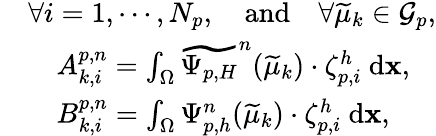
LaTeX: \begin{array}{rl}&{\forall i=1,\cdots,N_{p},\quad\textrm{and}\quad\forall\widetilde{\mu}_{k}\in\mathcal{G}_{p},}\\ &{\quad A_{k,i}^{p,n}=\int_{\Omega}\widetilde{\Psi_{p,H}}^{n}(\widetilde{\mu}_{k})\cdot\zeta_{p,i}^{h}\ \textrm{d}\textbf{x},}\\ &{\quad B_{k,i}^{p,n}=\int_{\Omega}\Psi_{p,h}^{n}(\widetilde{\mu}_{k})\cdot\zeta_{p,i}^{h}\ \textrm{d}\textbf{x},}\end{array}